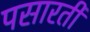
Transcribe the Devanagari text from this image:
पसारती